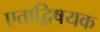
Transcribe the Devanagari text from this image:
एताद्विषयक